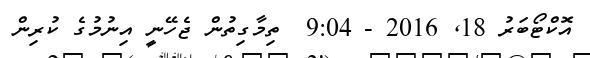
އޮކްޓޯބަރު 18